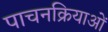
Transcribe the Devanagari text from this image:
पाचनक्रियाओं